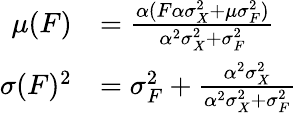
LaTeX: \begin{array}{rl}{\mu(F)}&{=\frac{\alpha(F\alpha\sigma_{X}^{2}+\mu\sigma_{F}^{2})}{\alpha^{2}\sigma_{X}^{2}+\sigma_{F}^{2}}}\\ {\sigma(F)^{2}}&{=\sigma_{F}^{2}+\frac{\alpha^{2}\sigma_{X}^{2}}{\alpha^{2}\sigma_{X}^{2}+\sigma_{F}^{2}}}\end{array}